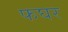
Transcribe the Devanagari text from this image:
फघर